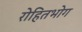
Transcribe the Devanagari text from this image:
रोहितभोग